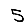
Digit: 5